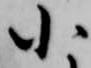
小